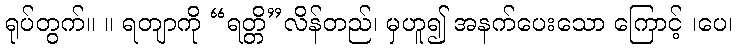
ရုပ်တွက်။ ။ ရတျာကို “ရတ္တိ”လိန်တည်၊ မှဟူ၍ အနက်ပေးသော ကြောင့် ၊ပေ၊